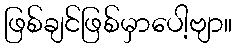
ဖြစ်ချင်ဖြစ်မှာပေါ့ဗျာ။